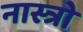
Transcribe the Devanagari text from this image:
नास्त्रो